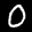
Label: 0